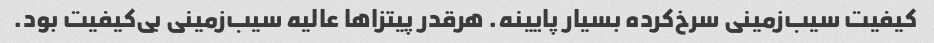
کیفیت سیب‌زمینی سرخ‌کرده بسیار پایینه. هرقدر پیتزاها عالیه سیب‌زمینی بی‌کیفیت بود.